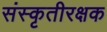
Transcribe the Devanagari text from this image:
संस्कृतीरक्षक